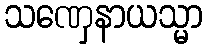
သဏှေနာယသ္မာ